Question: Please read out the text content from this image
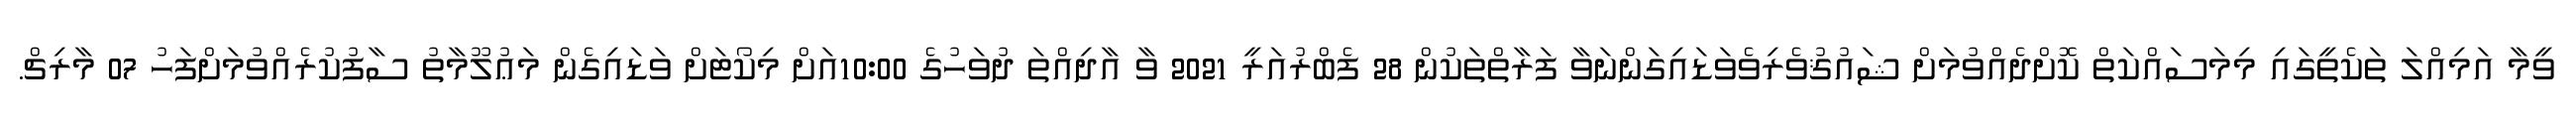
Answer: ވީމާ އަމިއްލަ ތަކެތީގައި މިމަސައްކަތް ކޮށްދެއްވުމަށް ޝައުޤުވެރިވެވަޑައިގަންނަވާ ފަރާތްތަކުން 28 ފެބްރުއަރީ 2021 ވާ އާދިއްތަ ދުވަހުގެ 10:00އަށް މިކޯޓަށް ވަޑައިގެން މަޢުލޫމާތު ސާފުކުރެއްވުމަށްފަހު 07 މާރިޗް.